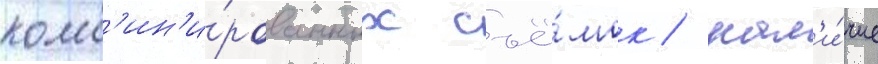
комб'ин'и́рованных съё́мок / нал'и́чие